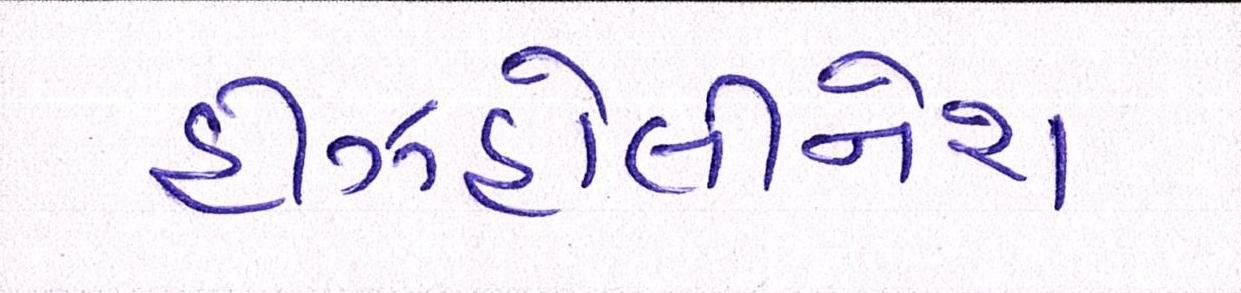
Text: હીઝહોલીનેશ